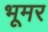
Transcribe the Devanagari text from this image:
भूमर